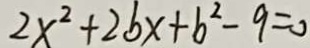
2 x ^ { 2 } + 2 b x + b ^ { 2 } - 9 = 0